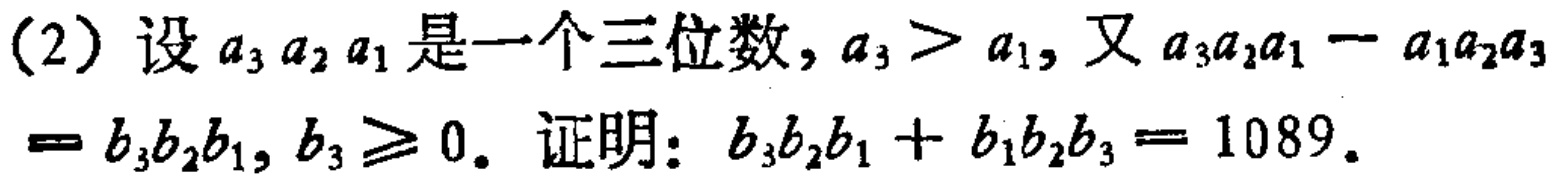
(2) 设 \(a_{3}a_{2}a_{1}\) 是一个三位数，\(a_{3}>a_{1}\)，又 \(a_{3}a_{2}a_{1}-a_{1}a_{2}a_{3}=b_{3}b_{2}b_{1}\)，\(b_{3}\geq0\)。证明：\(b_{3}b_{2}b_{1}+b_{1}b_{2}b_{3}=1089\)。